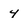
Character: 4